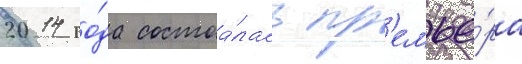
2014 го́да состоа́лась пр'емье́ра